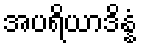
အပရိယာဒိန္နံ